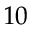
1 0